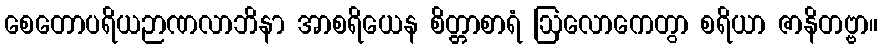
စေတောပရိယဉာဏလာဘိနာ အာစရိယေန စိတ္တာစာရံ ဩလောကေတွာ စရိယာ ဇာနိတဗ္ဗာ။